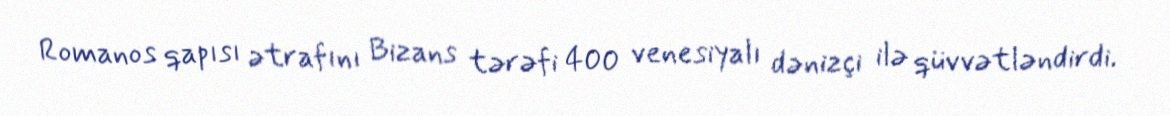
Romanos qapısı ətrafını Bizans tərəfi 400 venesiyalı dənizçi ilə qüvvətləndirdi.